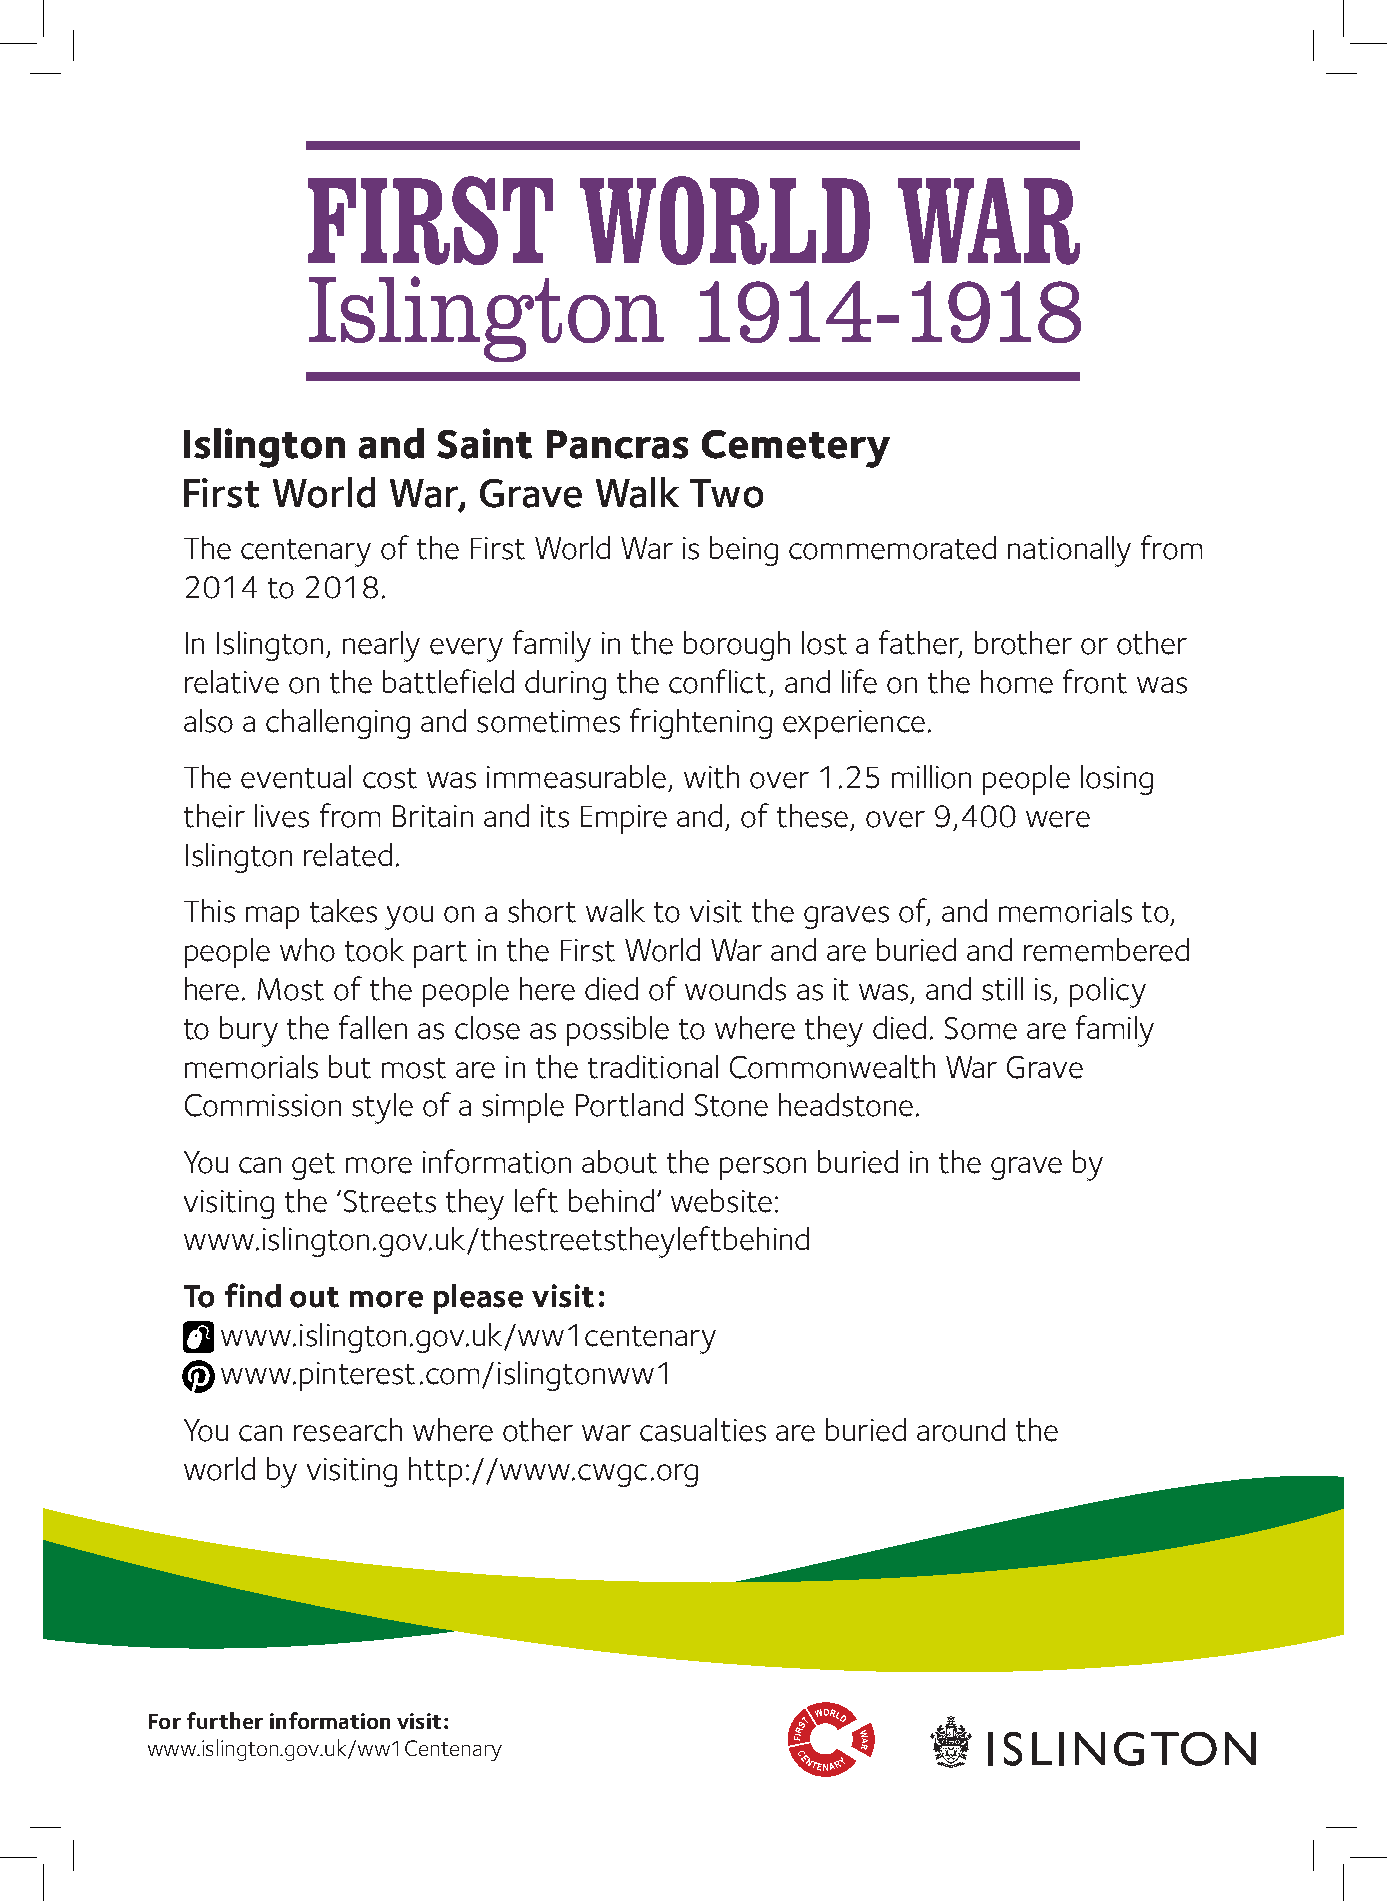
Islington   and  Saint  Pancras   Cemetery
 First World   War,  Grave  Walk   Two
 The centenary of the First World War is being commemorated nationally from
 2014  to 2018.
 In Islington, nearly every family in the borough lost a father, brother or other
 relative on the battlefield during the conflict, and life on the home front was
 also a challenging and sometimes frightening experience.
 The eventual cost was immeasurable, with over 1.25 million people losing
 their lives from Britain and its Empire and, of these, over 9,400 were
 Islington related.
 This map takes you on a short walk to visit the graves of, and memorials to,
 people who took part in the First World War and are buried and remembered
 here. Most of the people here died of wounds as it was, and still is, policy
 to bury the fallen as close as possible to where they died. Some are family
 memorials but most are in the traditional Commonwealth War Grave
 Commission style of a simple Portland Stone headstone.
 You can get more information about the person buried in the grave by
 visiting the ‘Streets they left behind’ website:
 www.islington.gov.uk/thestreetstheyleftbehind
 To find out more please visit:
 www.islington.gov.uk/ww1centenary
 www.pinterest.com/islingtonww1
 You can research where other war casualties are buried around the
 world by visiting http://www.cwgc.org
 For further information visit:
 www.islington.gov.uk/ww1Centenary